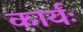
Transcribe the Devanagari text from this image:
कार्यः